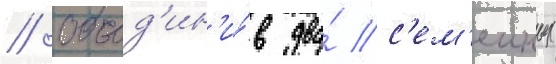
// Объед'ин'и́в два́ с'ем'еиных